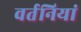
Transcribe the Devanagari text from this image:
वर्तनियां